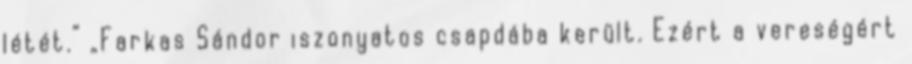
létét.” „Farkas Sándor iszonyatos csapdába került. Ezért a vereségért